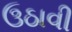
ઉઠાવી